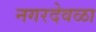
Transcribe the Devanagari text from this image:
नगरदेवळा